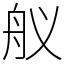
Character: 舣